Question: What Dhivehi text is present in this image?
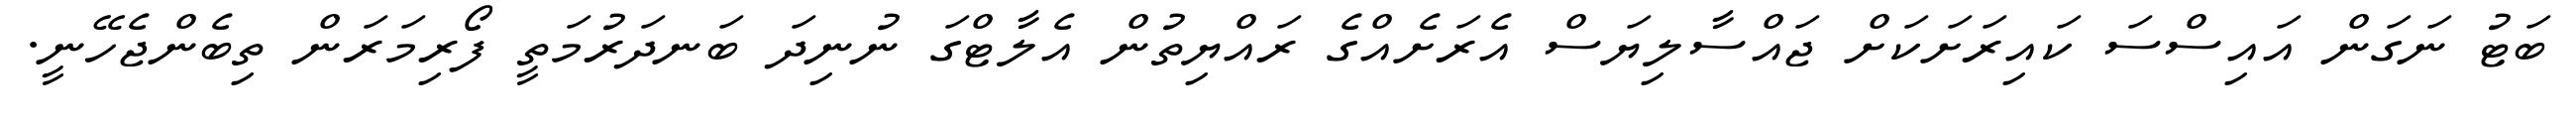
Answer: ބަޓު ނަގަން އައިސްސަ ކައިރަށަކަށް ޖައްސާލިޔަސް އެރަށެއްގެ ރައްޔިތުން އެލާޓްގަ ނުނިދަ ބަނދަރުމަތީ ފޯރިމަރަން ތިބެންޖެހޭނީ.